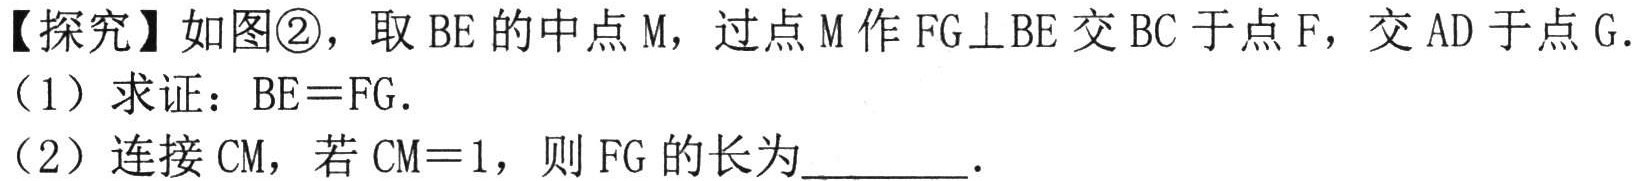
【探究】如图\textcircled{2}，取 \(BE\) 的中点 \(M\)，过点 \(M\) 作 \(FG\perp BE\) 交 \(BC\) 于点 \(F\)，交 \(AD\) 于点 \(G\).
（1）求证：\(BE = FG\).
（2）连接 \(CM\)，若 \(CM = 1\)，则 \(FG\) 的长为________.